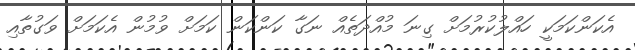
އެކަންކަމަކީ ހައްލުކުރުމަށް ގިނަ މުއްދަތެއް ނަގާ ކަންކަން ކަމަށް ވުމުން އެކަމަށް ވަގުތާއި